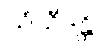
သံသီဒန္တိ